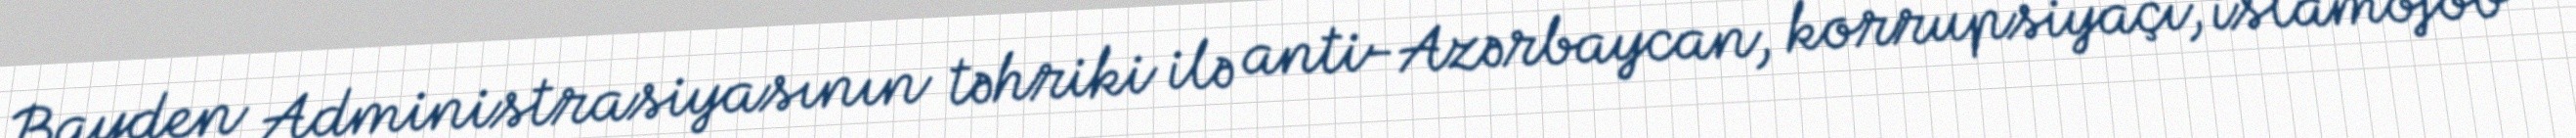
Bayden Administrasiyasının təhriki ilə anti-Azərbaycan, korrupsiyaçı, islamofob